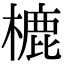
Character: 樚